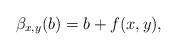
LaTeX: \begin{align*}\beta_{x,y}(b)=b+f(x,y),\end{align*}